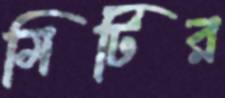
মিটির